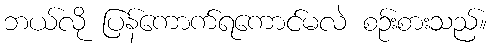
ဘယ်လို ပြန်ကောက်ရကောင်မလဲ စဉ်းစားသည်။